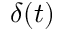
\delta ( t )